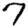
Digit: 7